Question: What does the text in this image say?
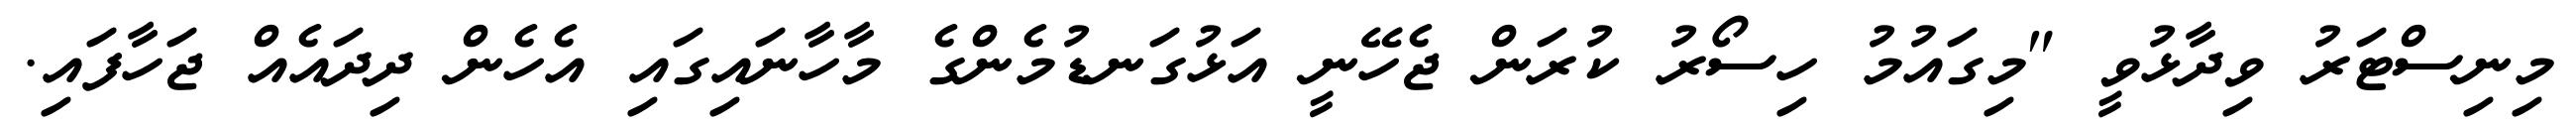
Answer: މިނިސްޓަރު ވިދާޅުވީ "މިގައުމު ހިސޯރު ކުރަން ޖެހޭނީ އަޅުގަނޑުމެންގެ މާހާނައިގައި އެހެން ދިދައެއް ޖަހާފައި.